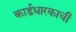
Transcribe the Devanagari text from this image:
कार्डधारकाची